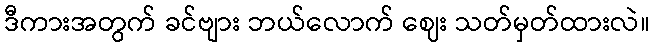
ဒီကားအတွက် ခင်ဗျား ဘယ်လောက် ဈေး သတ်မှတ်ထားလဲ။